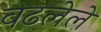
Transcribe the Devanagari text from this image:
वढलेले